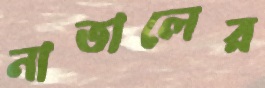
নাতালের